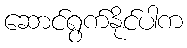
ဆောင်ရွက်နိုင်ပါက